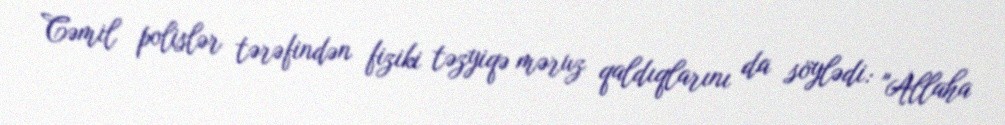
Cəmil polislər tərəfindən fiziki təzyiqə məruz qaldıqlarını da söylədi: "Allaha